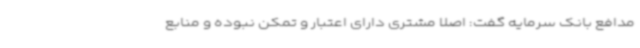
مدافع بانک سرمایه گفت: اصلا مشتری دارای اعتبار و تمکن نبوده و منابع